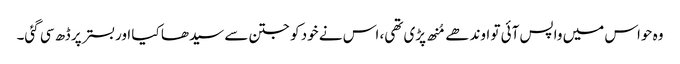
وہ حواس میں واپس آئی تو اوندھے مُنھ پڑی تھی، اس نے خود کو جتن سے سیدھا کیا اوربستر پر ڈھ سی گئی۔